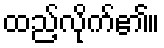
ထည့်လိုက်၏။